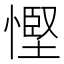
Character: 慳